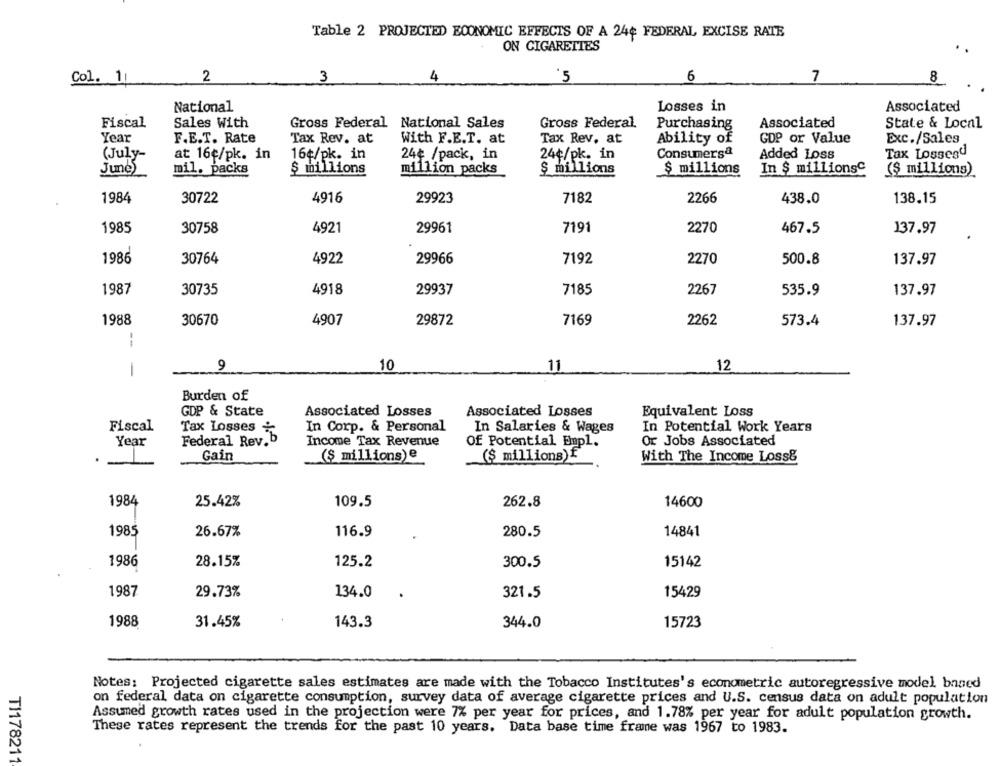
Table 2 PROJECTED ECONOMIC EFFECTS OF A 24¢ FEDERAL EXCISE RATE
ON CIGARETTES
2
4
6
7
Col. 1
3
'5
8
Losses in
Associated
National
Sales With
Fiscal
Gross Federal National Sales
Gross Federal
Purchasing
Associated
State & Local
Year
F.E.T. Rate
Tax Rev. at
Tax Rev. at
Ability of
GDP or Value
Exc./Sales
With F.E.T. at
Consumersª
(July-
at 16¢/pk. in
16¢/pk. in
24¢ /pack, in
24¢/pk. in
Added Loss
Tax Losses"
June
mil. packs
$ millions
million packs
$ millions
$ millions
In $ millionsC
($ millions)
1984
30722
4916
29923
7182
2266
438.0
138.15
1985
30758
4921
29961
7191
2270
467.5
137.97
1986
30764
4922
29966
7192
2270
500.8
137.97
1987
30735
4918
29937
7185
2267
535.9
137.97
1988
30670
4907
29872
7169
2262
573.4
137.97
--
9
10
11
12
Burden of
GDP & State
Associated Losses
Associated Losses
Equivalent Loss
Fiscal
Tax Losses
In Corp. & Personal
In Salaries & Wages
In Potential Work Years
.b
Year
Federal Rev.
Income Tax Revenue
Of Potential Empl.
Or Jobs Associated
Gain
($ millions) e
($ millions)f"
With The Income Loss&
1984
25.42%
109.5
262.8
14600
1985
26.67%
116.9
280.5
14841
1986
28.15%
125.2
300.5
15142
1987
29.73%
134.0
321.5
15429
1988
31.45%
143.3
344.0
15723
Notes: Projected cigarette sales estimates are made with the Tobacco Institutes's econometric autoregressive model based
on federal data on cigarette consumption, survey data of average cigarette prices and U.S. census data on adult population
Assumed growth rates used in the projection were 7% per year for prices, and 1.78% per year for adult population growth.
These rates represent the trends for the past 10 years. Data base time frame was 1967 to 1983.
TI178211